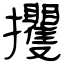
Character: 攫